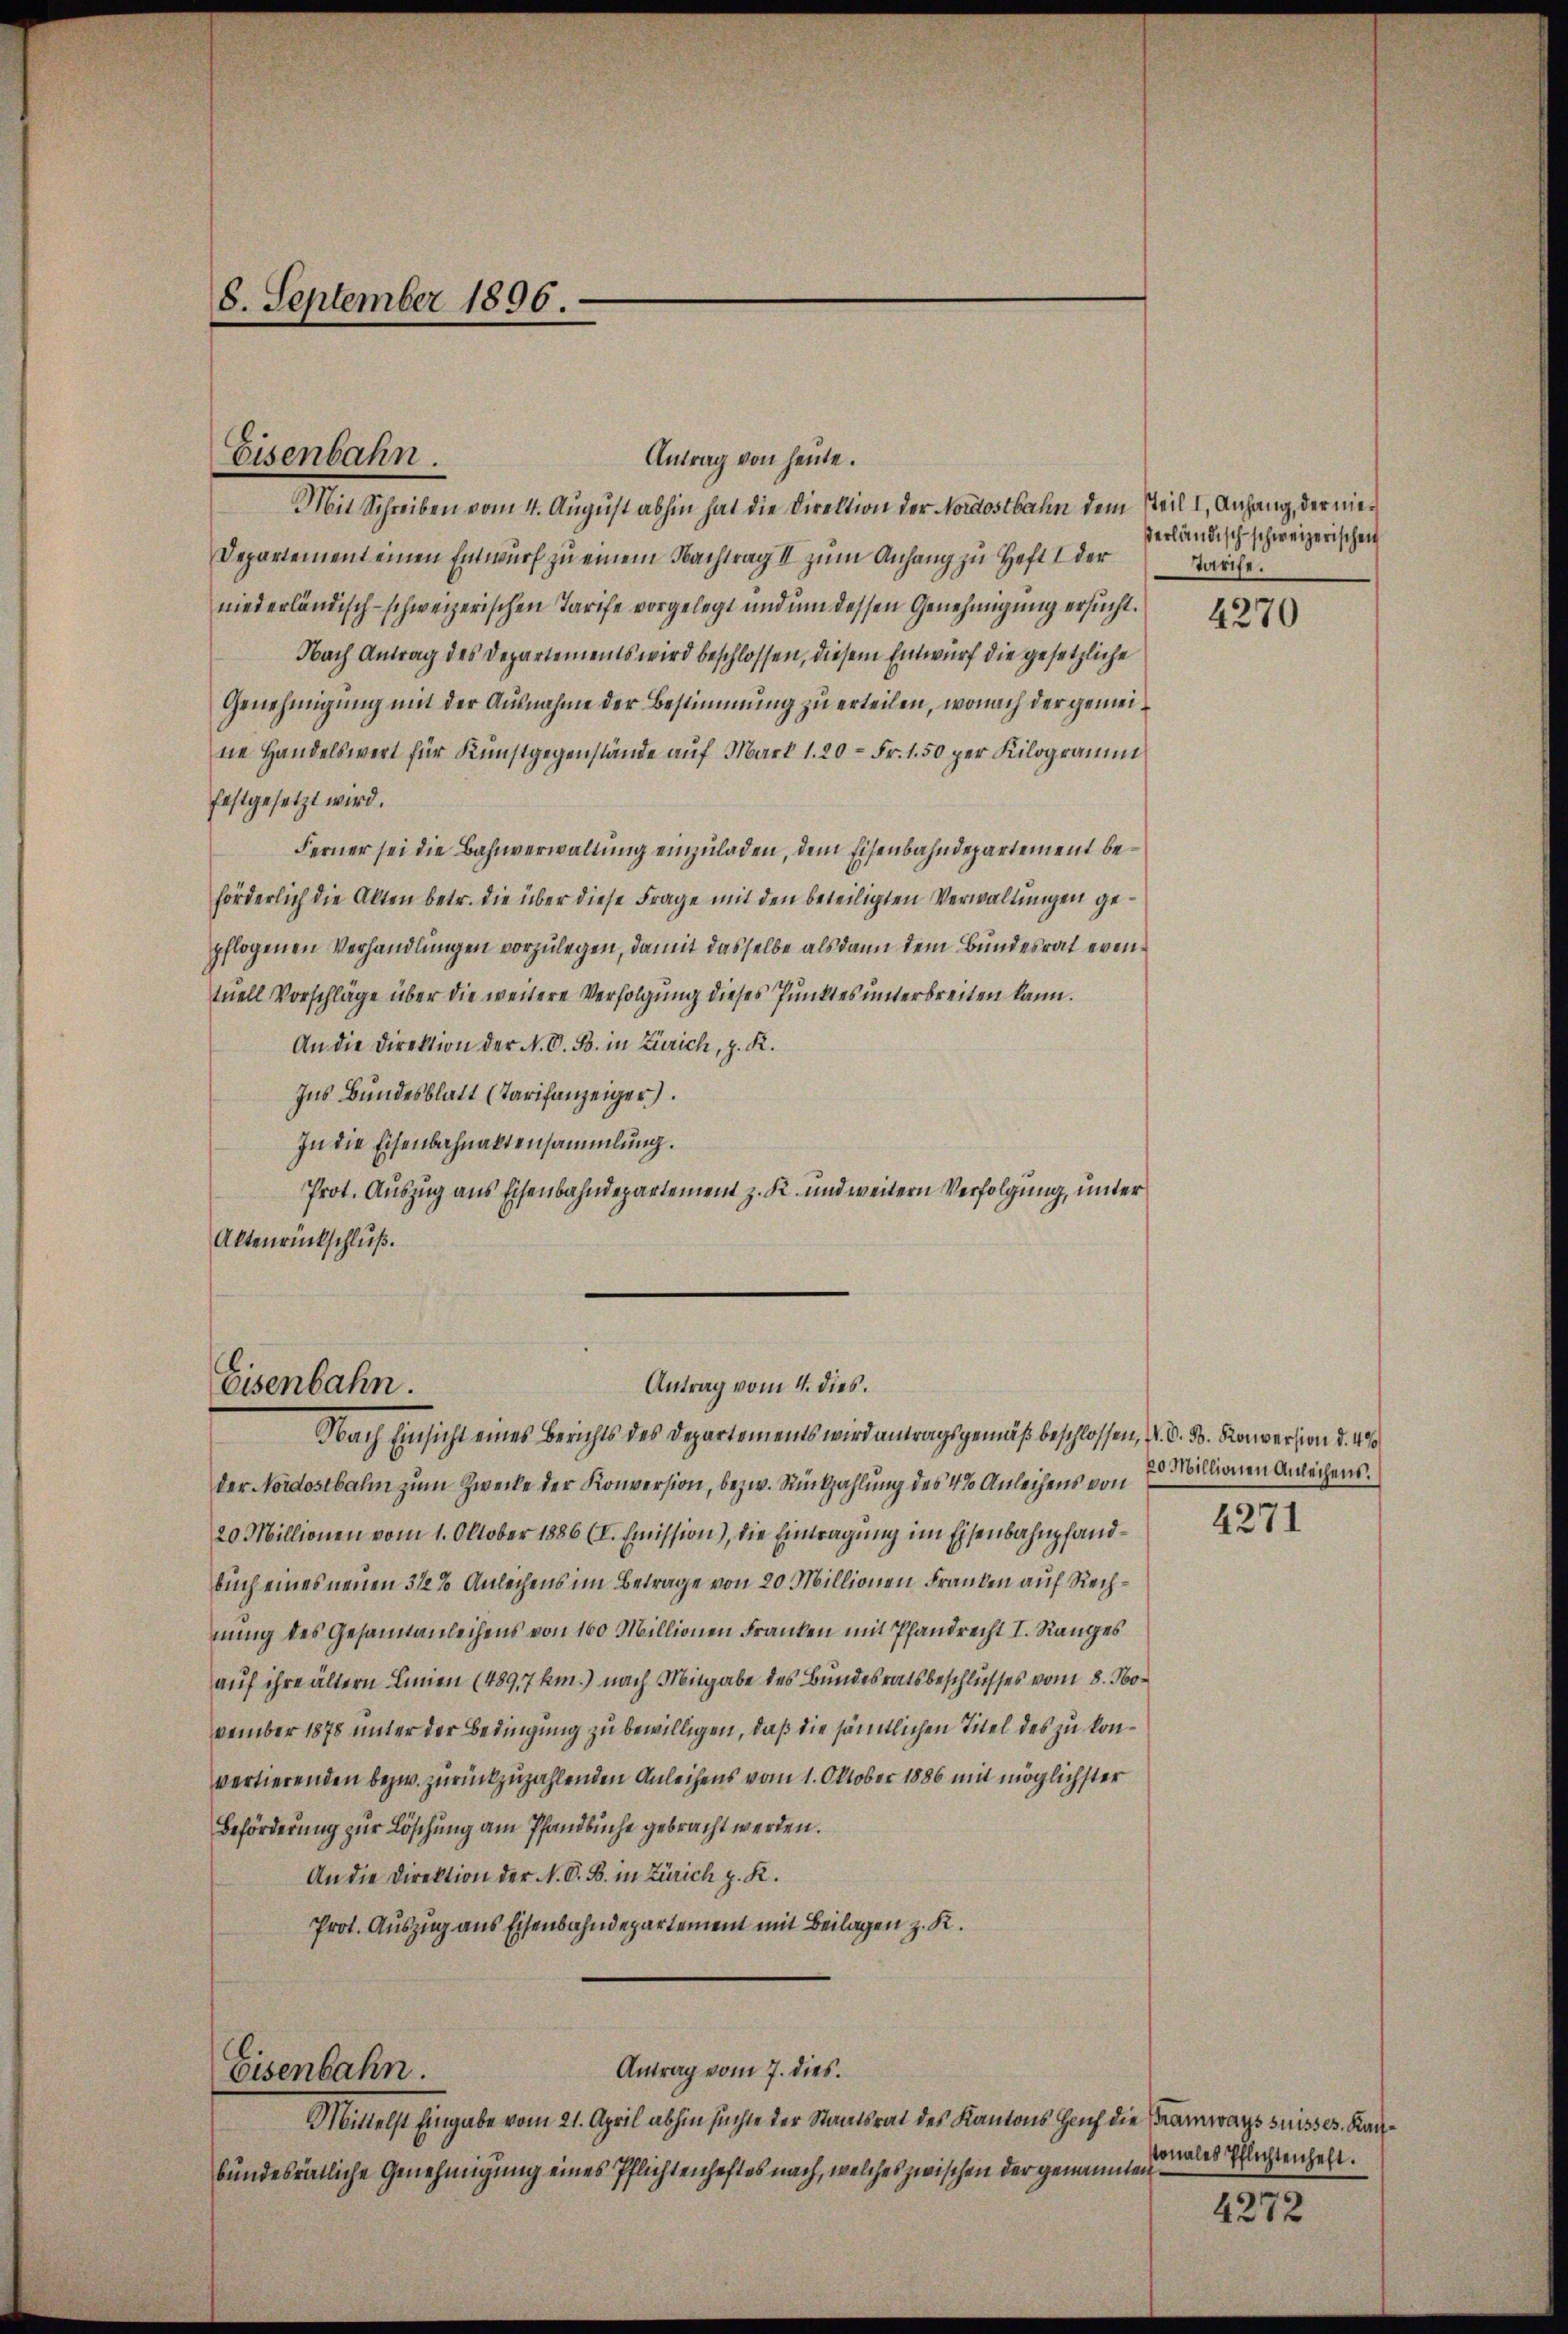
8. September 1896.

Antrag von heute.
Mit Schreiben vom 4. August abhin hat die Direktion der Nordostbahn dem Teil I, Anhang, der nie¬
Departement einen Entwurf zu einem Nachtrag II zum Anhang zu Heft I der
niederländisch-schweizerischen Tarife vorgelegt und um dessen Genehmigung ersucht.
Nach Antrag des Departements wird beschlossen, diesem Entwurf die gesetzliche
Genehmigung mit der Ausnahme der Bestimmung zu erteilen, wonach der gemeine Handelswert für Kŭnstgegenstände aŭf Mark 1. 20 - Fr. 1.50 per Kilogramm
festgesetzt wird.
Ferner sei die Bahnverwaltung einzuladen, dem Eisenbahndepartement beförderlich die Akten betr. die über diese Frage mit den beteiligten Verwaltungen gepflogenen Verhandlungen vorzulegen, damit dasselbe als dann dem Bundesrat eventuell Vorschläge über die weitere Verfolgung dieses Punktes unterbreiten kann.
An die Direktion der N. O. B. in Zürich, z. K.
Ins Bundesblatt (Tarifanzeiger
In die Eisenbahnaktensammlung.
Prot. Auszug aus Eisenbahndepartement z. K. und weitern Verfolgung, unter
Aktenrückschluß.

Eisenbahn.

Eisenbahn.

Antrag vom 4. dies.

Nach Einsicht eines Berichts des Departements wird antragsgemäß beschlossen, N. V. B. Konversion d. 4
der Nordostbahn zum Zwecke der Konversion, bezw. Rückzahlung des 4% Anleihens von
20 Millionen vom 1. Oktober 1886 (I. Emission), die Eintragung im Eisenbahnpfandbuch eines neuen 312 % Anleihens im Betrage von 20 Millionen Franken auf Rechnung des Gesamtanleihens von 160 Millionen Franken mit Pfandrecht I. Ranges
auf ihre ältern Linien (489,7 km.) nach Mitgabe des Bundesratsbeschlusses vom 8. November 1878 unter der Bedingung zu bewilligen, daß die sämtlichen Titel des zu konvertierenden bezw. zurückzuzahlenden Anleihens vom 1. Oktober 1886 mit möglichster
Beförderung zur Löschung am Pfandbüche gebracht werden.
An die Direktion der N. O. B. in Zürich z. R.
Prot. Auszug aus Eisenbahndepartement mit Beilagen z. K.
Antrag vom 7. dies.
Eisenbahn.
Minelst Eingabe vom 21. April abhin suchte der Staatsrat des Kantons Hauf die Tramways suisses. Kanbundesrätliche Genehmigung eines Pflichtenheftes nach, welches zwischen der genannten

derländisch-schweizerischen
Tarife.

4270

20 Millionen Anleihens.

4271

sonales Pflichtenheft.

4272